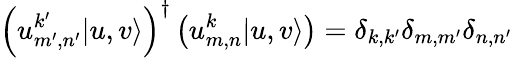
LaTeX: \left(u_{m^{\prime},n^{\prime}}^{k^{\prime}}|u,v\rangle\right)^{\dagger}\left(u_{m,n}^{k}|u,v\rangle\right)=\delta_{k,k^{\prime}}\delta_{m,m^{\prime}}\delta_{n,n^{\prime}}